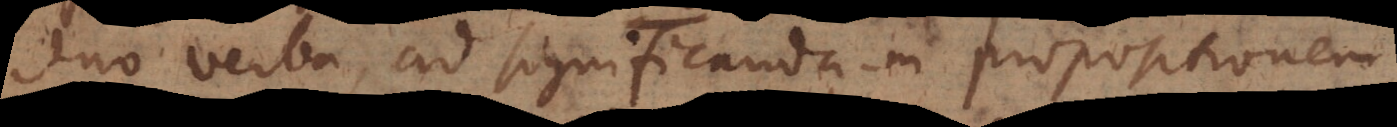
duo verba, ad significandam propositionem